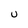
Character: U